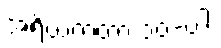
အရိယကထာ ၁၀-ပါး